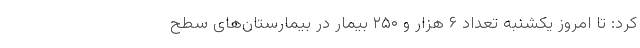
کرد: تا امروز یکشنبه تعداد ۶ هزار و ۲۵۰ بیمار در بیمارستان‌های سطح